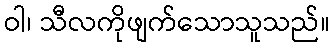
ဝါ၊ သီလကိုဖျက်သောသူသည်။